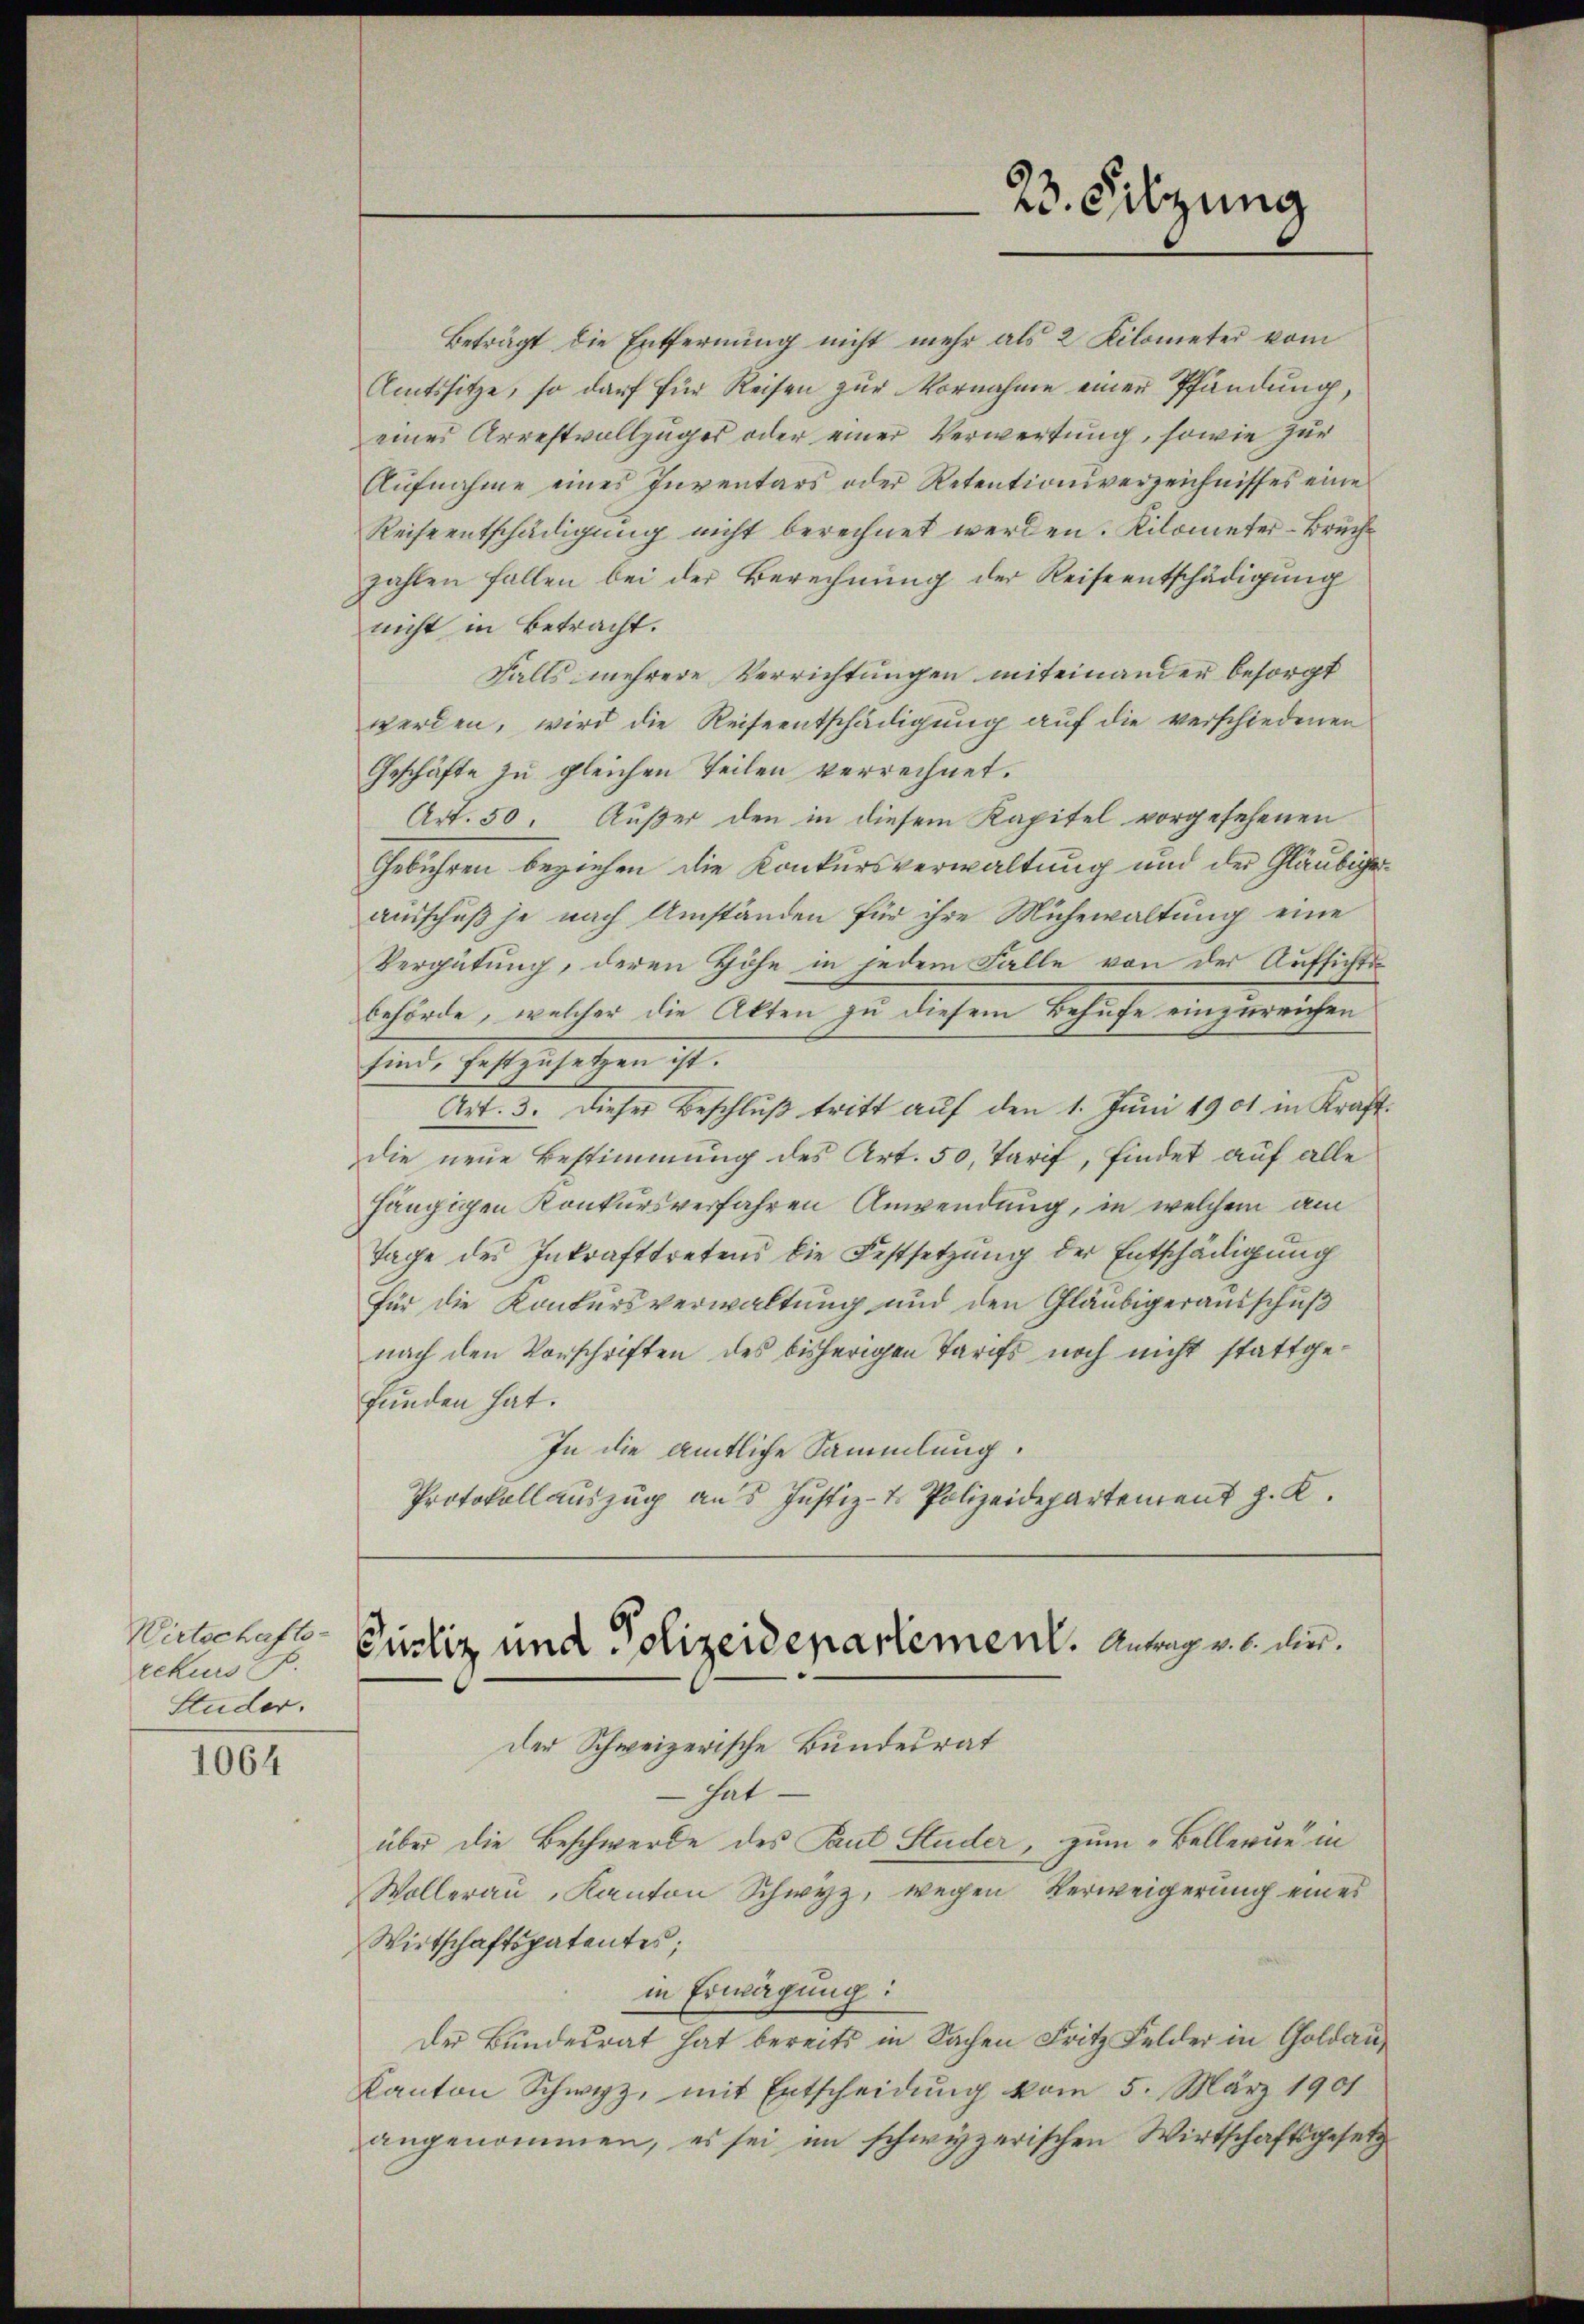
Wirtschafts-
rekurs P.
Studer.

1064

Beträgt die Entfernung nicht mehr als 2 Kilometer vom
Amtssitze, so darf für Reisen zur Vornahme einer Pfändung,
eines Arrestvollzuges oder einer Verwertung, sowie zur
Aŭfnahme eines Inventars oder Retentionsverzeichnisses eine
Reiseentschädigung nicht berechnet werden. Kilometer - Bruchzahlen fallen bei der Berechnung der Reiseentschädigung
nicht in Betracht.
Falls mehrere Verrichtungen miteinander besorgt
werden, wird die Reiseentschädigung auf die verschiedenen
Geschäfte zu gleichen Teilen verrechnet.
Art. 50. Außer den in diesem Kapitel vorgesehenen
Gebühren beziehen die Konkursverwaltung und der Gläubigerausschuß je nach Umständen für ihre Mühewaltung eine
Vergütung, deren Höhe in jedem Falle von der Aufsichtibehörde, welcher die Akten zu diesem Behufe einzureichen
sind, festzusetzen ist.
Art. 3. Dieser Beschluß tritt auf den 1. Juni 1901 in Kraftdie neue Bestimmung des Art. 50, Tarif, findet auf alle
hängigen Konkursverfahren Anwendung, in welchem am
Tage des Inkrafttretens die Festsetzung der Entschädigung
für die Konkursverwaltung und den Gläubigerausschuß
nach den Vorschriften des bisherigen Tarifs noch nicht stattgefunden hat.
In die amtliche Sammlung.
Protokollauszug aus Justiz- & Polizeidepartement z. K.

der Schweizerische Bundesrat
 hat.
über die Beschwerde des Paul Studer, zum Bellerung in
Wollerau, Kanton Schwyz, wegen Verweigerung eines
Wirtschaftspatentes;
in Erwägung:
Der Bundesrat hat bereits in Sachen Fritz Felder in Goldau¬
Kanton Schwyz, mit Entscheidung vom 5. März 1901
angenommen, es sei im schwyzerischen Wirtschaftsgesetz

23. Sitzung

Justiz und Polizeidepartement. Antrag v. h. die